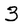
Character: 3